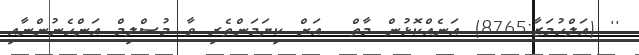
'' (އަލްހުމަޒާ:8765) އަނެއްކޮޅުން މާތް  އަށް ކިޔަމަންތެރި ވާ މުސްލިމް އަންހެނުންނާއި